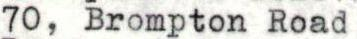
70, Brompton Road